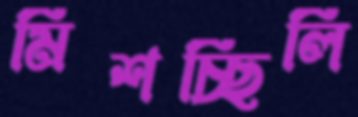
মিশচ্ছিলি